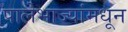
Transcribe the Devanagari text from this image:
पालेभाज्यांमधून